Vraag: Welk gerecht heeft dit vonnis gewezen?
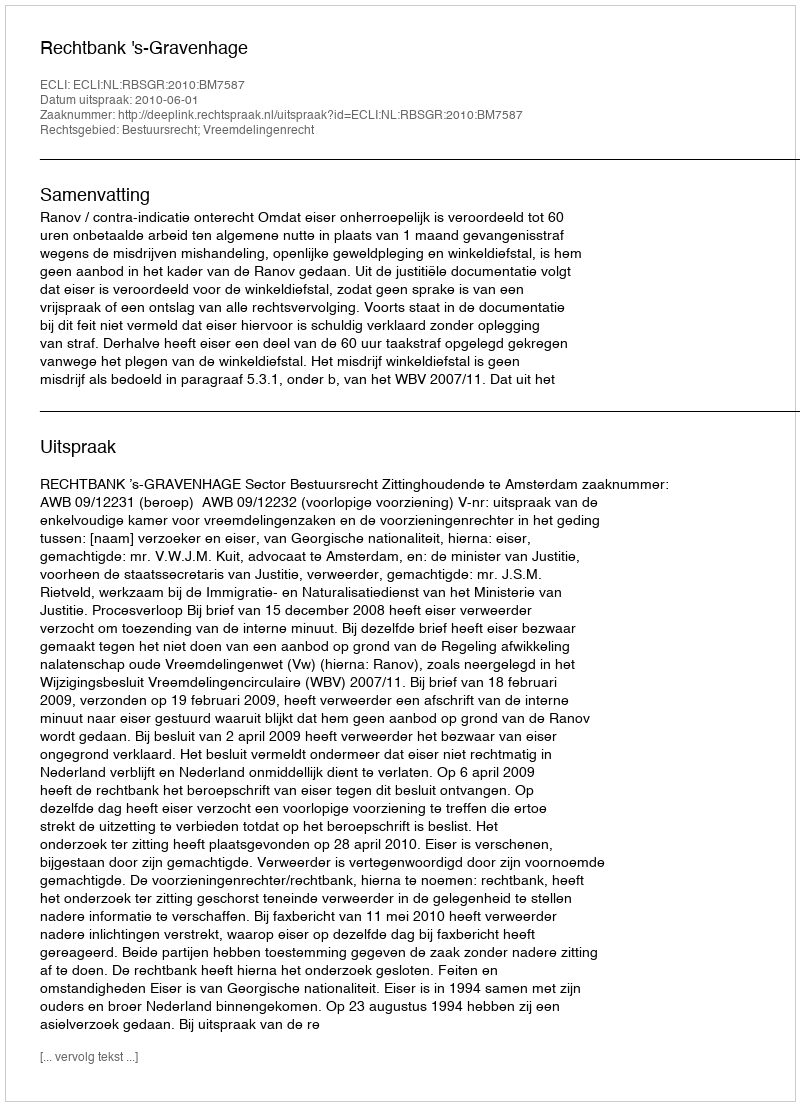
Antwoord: Rechtbank 's-Gravenhage